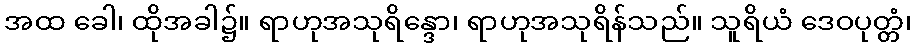
အထ ခေါ၊ ထိုအခါ၌။ ရာဟုအသုရိန္ဒော၊ ရာဟုအသုရိန်သည်။ သူရိယံ ဒေဝပုတ္တံ၊